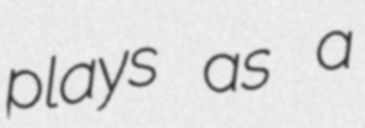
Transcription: plays as a